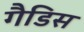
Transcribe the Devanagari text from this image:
गैडिस